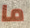
ما